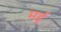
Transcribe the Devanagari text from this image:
मर्इ